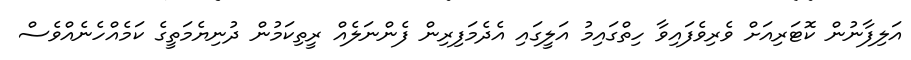
އަލިފާނުން ކޮޓަރިއަށް ވެރިވެފައިވާ ހިތްގައިމު އަލީގައި އެދެމަފިރިން ފެންނަލެއް ރީތިކަމުން ދުނިޔެމަތީގެ ކަމެއްހެނެއްވެސް